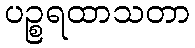
ပဉ္စရထာသတာ